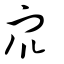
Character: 衆